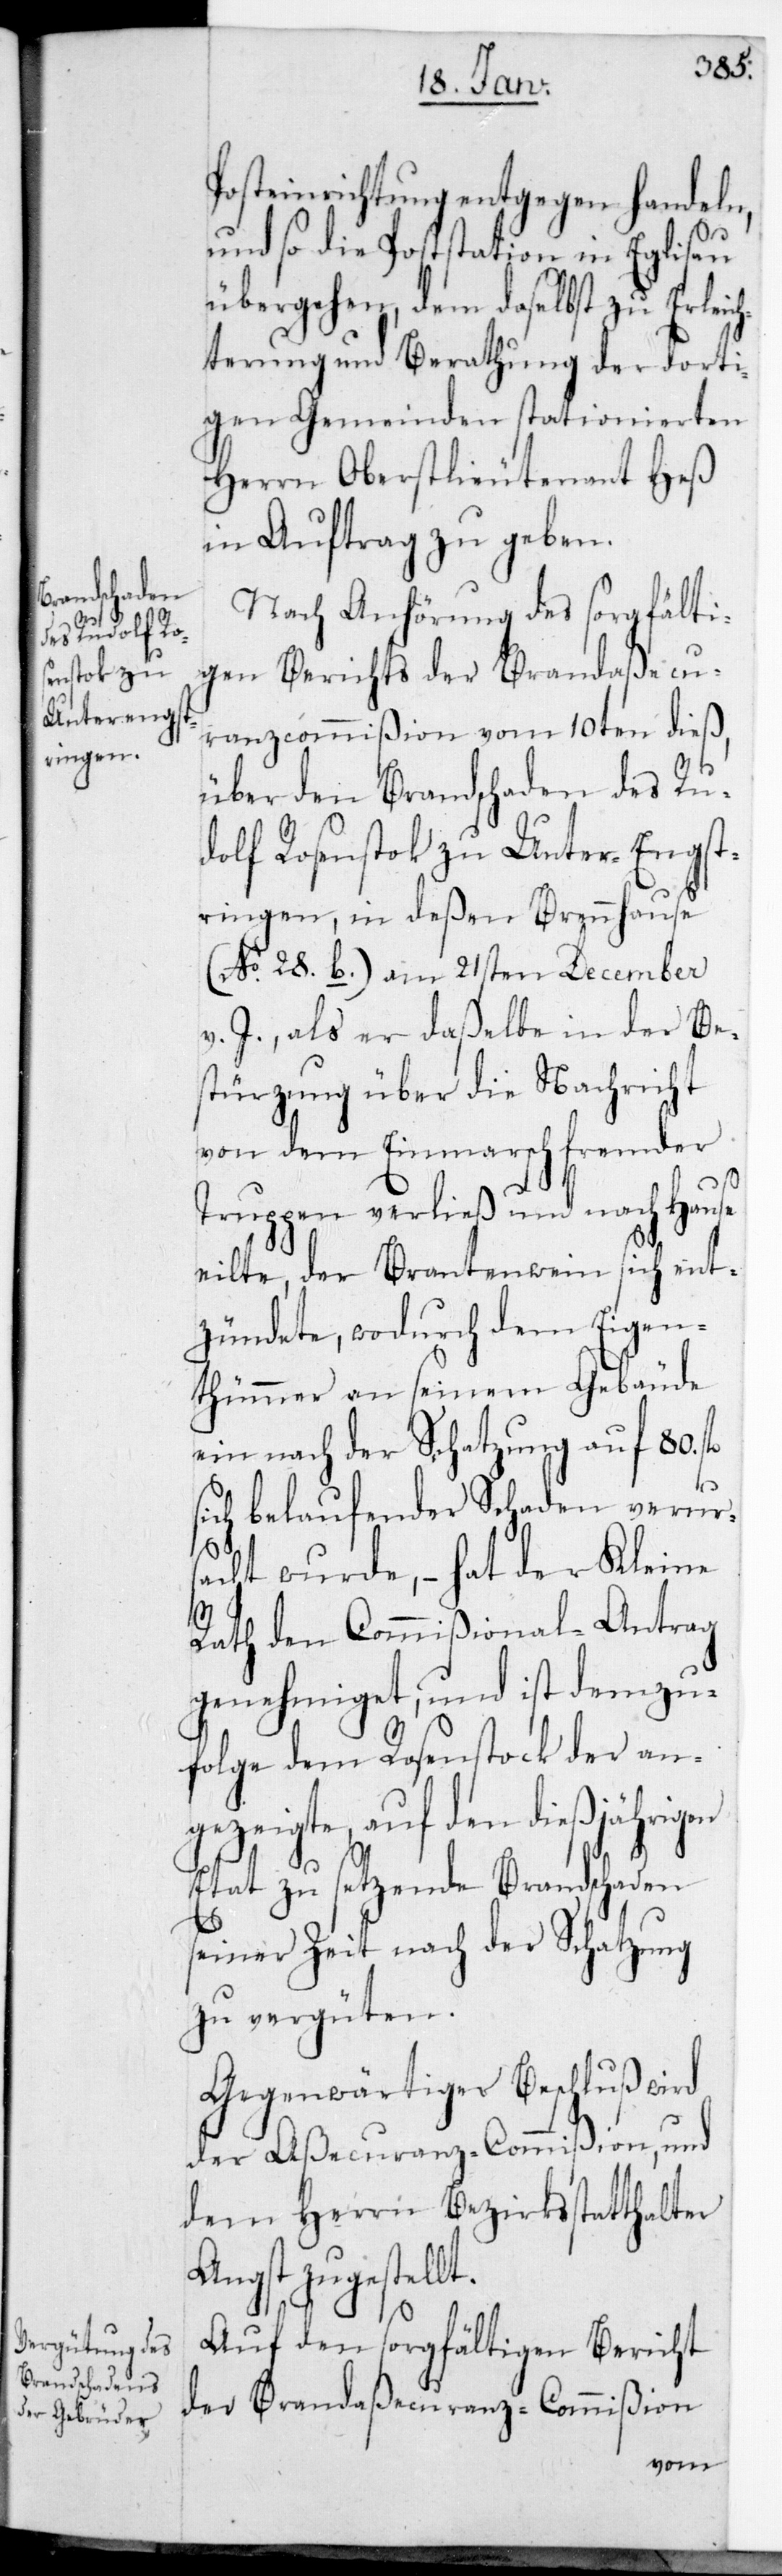
Posteinrichtung entgegen handeln,
lt.
und so die Poststation in Eglisau
übergehen, dem daselbst zu Erleic¬
hterung und Berathung der dorti¬
gen Gemeinden stationierten
Herrn Oberstlieutenant Heß
in Auftrag zu geben.
Nach Anhörung des sorgfälti¬
gen Berichts der Brandaßecu¬
ranz-Commißion vom 10ten dieß,
über den Brandschaden des Ru¬
dolf Rosenstok zu Unterengst¬
ringen, in deßen Brennhause
(No 28. b.) am 21sten December
v. J., als er daßelbe in der Be¬
stürzung über die Nachricht
von dem Einmarsch fremder
Truppen verließ und nach Hause
eilte, der Branntenwein sich ent¬
zündete, wodurch dem Eigen¬
thümer an seinem Gebäude
ein nach der Schatzung auf 80.
ich belaufender Schaden verurs¬
acht wurde, – hat der Kleine
Rath den Commißional-Antrag
genehmiget, und ist demzu¬
folge dem Rosenstok der an¬
gezeigte, auf den diesjährigen
Etat zu setzende Brandschaden
seiner Zeit nach der Schatzung
zu vergüten.
Gegenwärtiger Beschluß wird
der Aßecuranz-Commißion und
dem Herrn Bezirksstatthalter
Angst zugestel¬
Auf den sorgfältigen Bericht
der Brandaßecuranz-Commißion